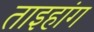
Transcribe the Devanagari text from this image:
ताइहांग